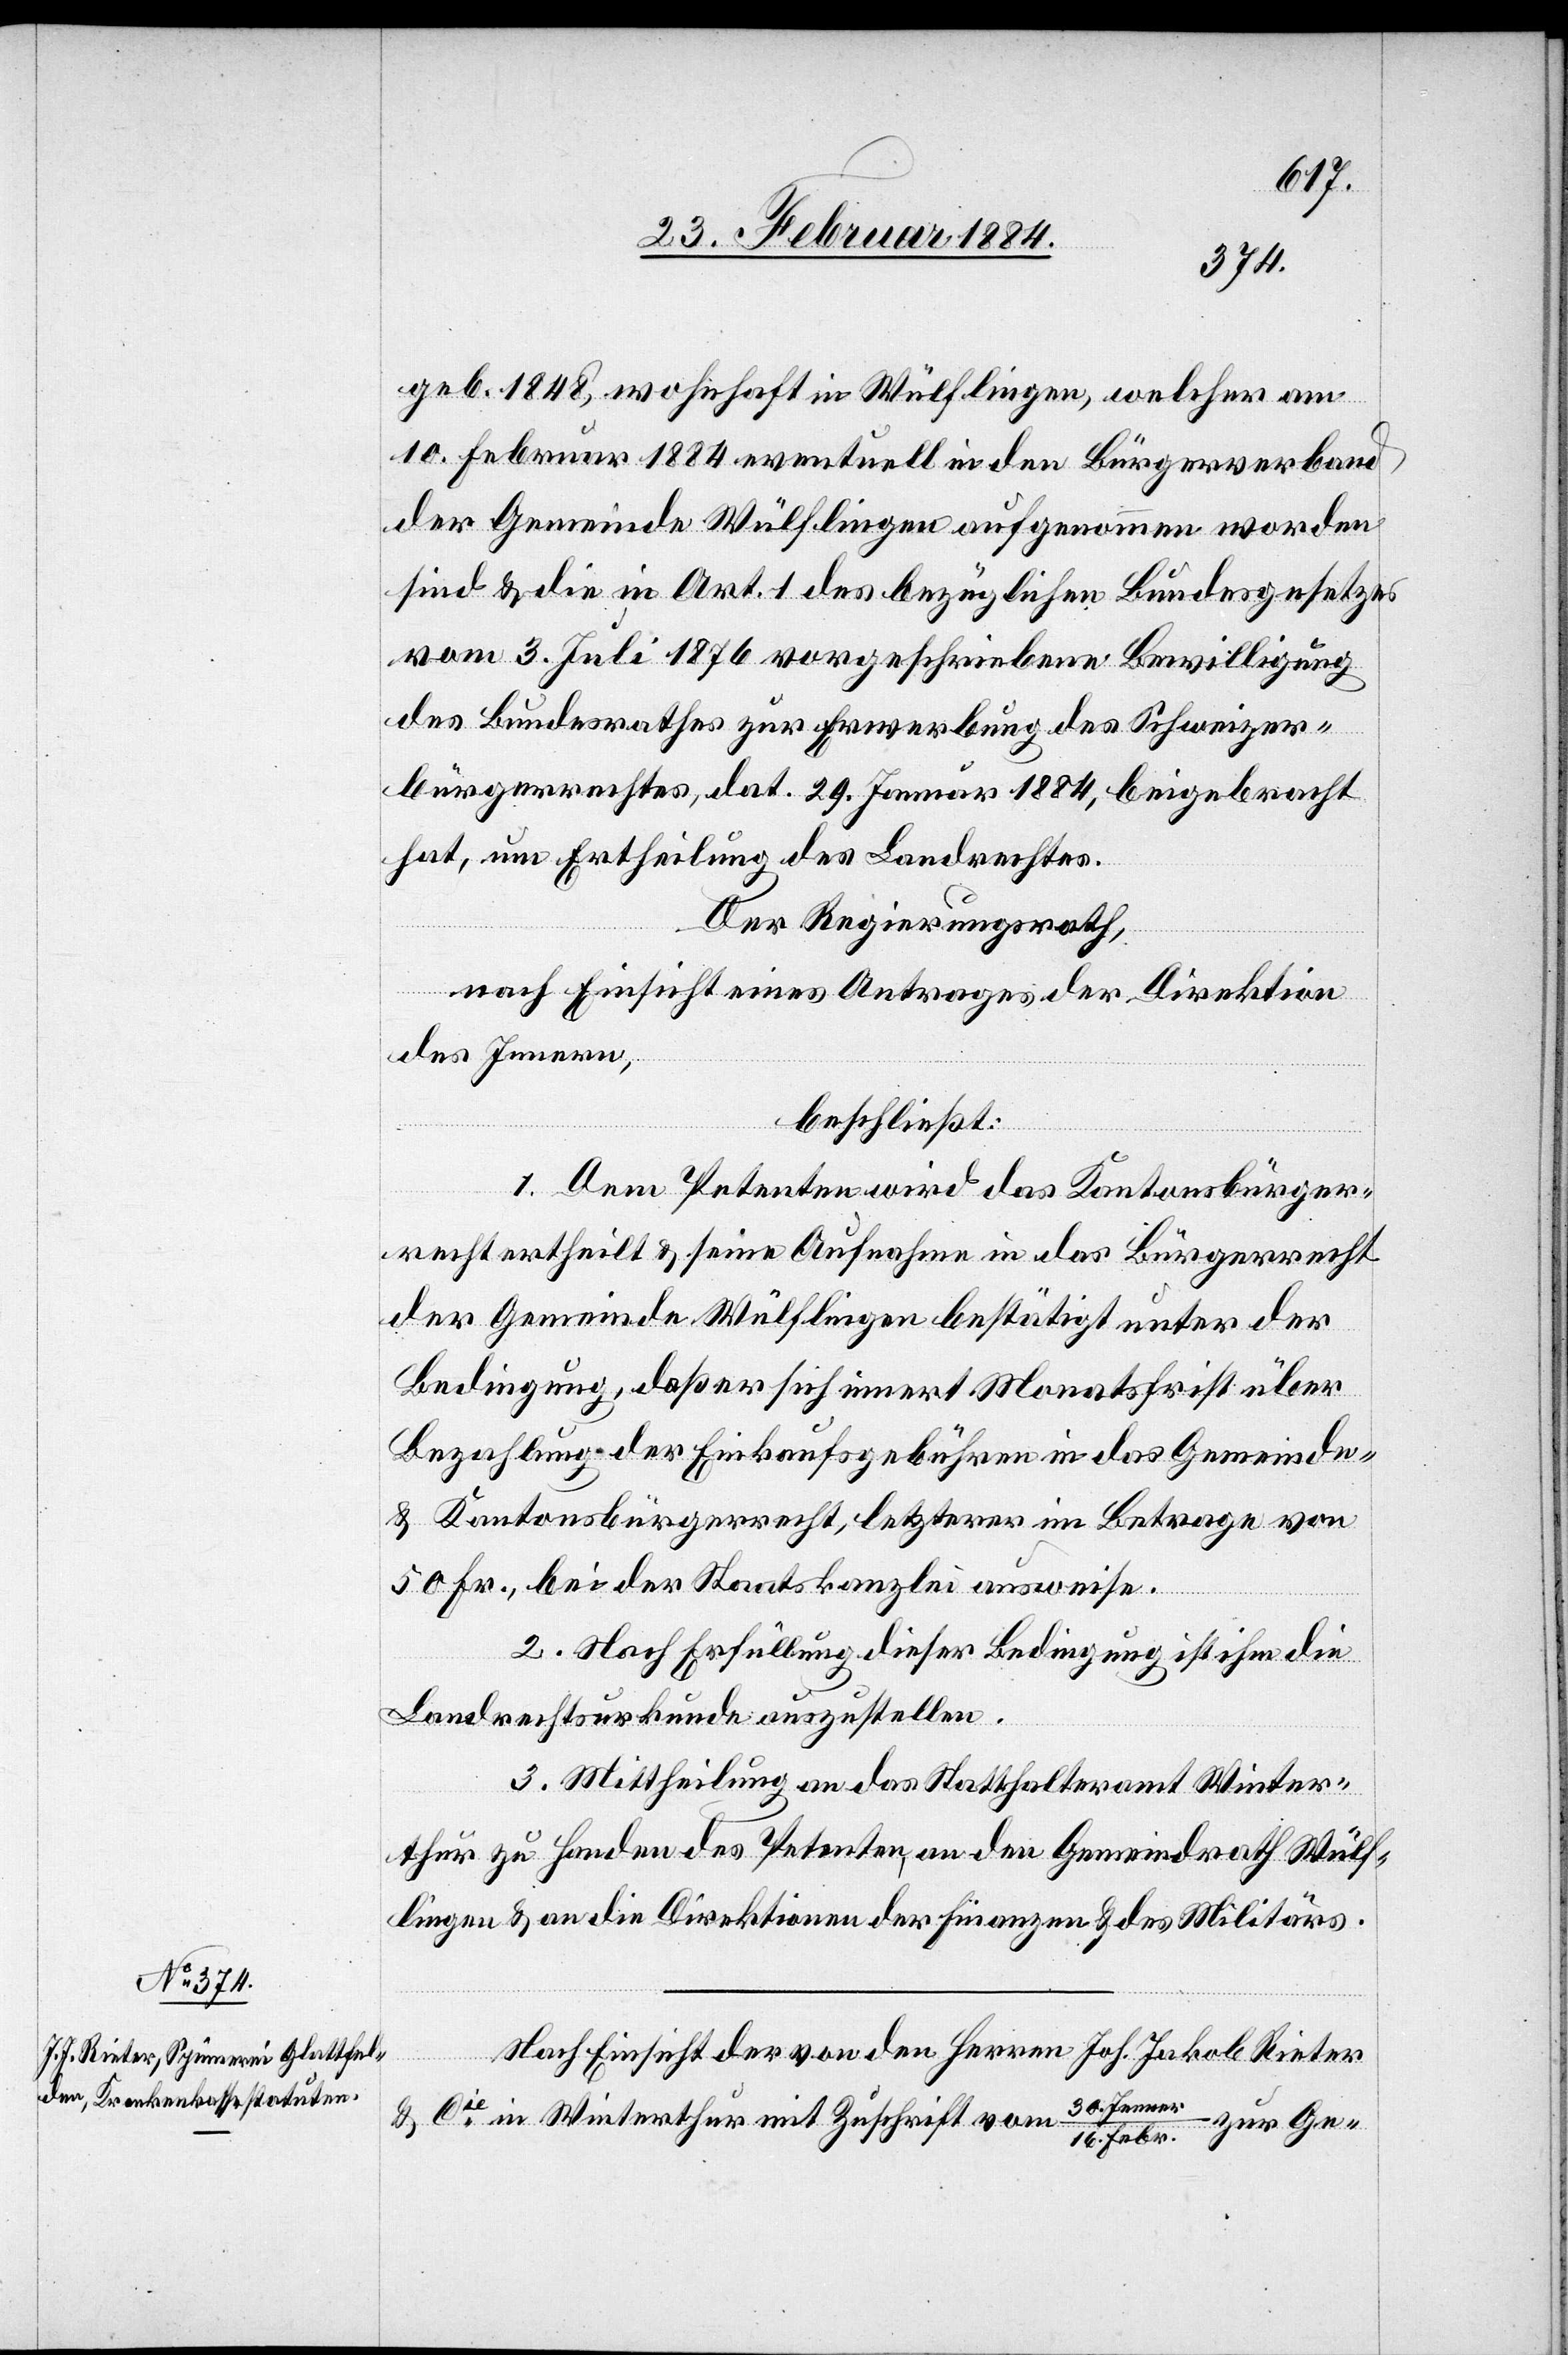
geb. 1848, wohnhaft in Wülflingen, welcher am
10. Februar 1884 eventuell in den Bürgerverband
der Gemeinde Wülflingen aufgenommen worden
seien & die in Art. 1 des bezüglichen Bundesgesetzes
vom 3. Juli 1876 vorgeschriebenen Bewilligung
des Bundesrathes zur Erwerbung des Schweizer¬
bürgerrechtes, dat. 29. Januar 1884, beigebracht
hat, um Ertheilung des Landrechtes.
Der Regierungsrath,
nach Einsicht eines Antrages der Direktion
des Innern,
beschließt:
1. Dem Petenten wird das Kantonsbürger¬
recht ertheilt & seine Aufnahme in das Bürgerrecht
der Gemeinde Wülflingen bestätigt unter der
Bedingung, daß er sich innert Monatsfrist über
Bezahlung der Einkaufsgebühren in das Gemeinde-
& Kantonsbürgerrecht, letzterer im Betrage von
50 Fr. bei der Staatskanzlei ausweise.
2. Nach Erfüllung dieser Bedingung ist ihm die
Landrechtsurkunde auszustellen.
3. Mittheilung an das Statthalteramt Winter¬
thur zu Handen des Petenten, an den Gemeindrath Wülf¬
lingen & an die Direktion der Finanzen & des Militärs.
Nach Einsicht der von den Herren Joh. Jakob Rieter
& Cie in Winterthur mit Zuschrift vom
zur Ge-
Febr.